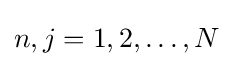
n,j=1,2,\ldots ,N